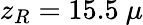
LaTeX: z_{R}=15.5~\mu